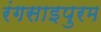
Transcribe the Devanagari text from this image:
रंगसाइपुरम